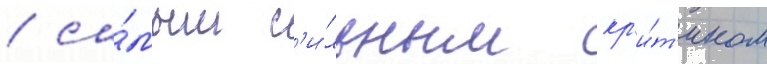
/ са́мым с'и́льным кр'и́т'иком